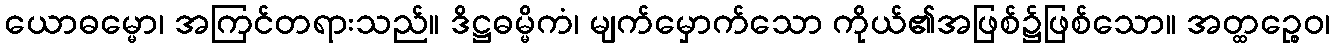
ယောဓမ္မော၊ အကြင်တရားသည်။ ဒိဋ္ဌဓမ္မိကံ၊ မျက်မှောက်သော ကိုယ်၏အဖြစ်၌ဖြစ်သော။ အတ္ထဉ္စေဝ၊